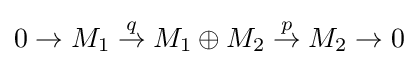
0\to M_{1}\mathrel {\stackrel {q}{\to }} M_{1}\oplus M_{2}\mathrel {\stackrel {p}{\to }} M_{2}\to 0